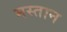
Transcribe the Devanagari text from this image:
मस्‍तान